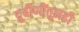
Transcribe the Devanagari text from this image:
दुर्बीणींतूनही